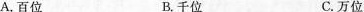
A.百位 B.千位 C.万位